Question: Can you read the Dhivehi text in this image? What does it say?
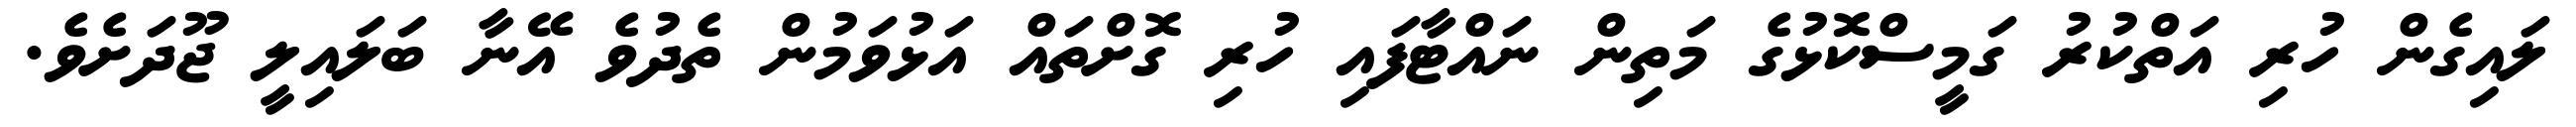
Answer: ލައިގެން ހުރި އަތްކުރު ގަމީސްކޮޅުގެ މަތިން ނައްޓާފައި ހުރި ގޮށްތައް އަޅުވަމުން ތެދުވެ އޭނާ ބަލައިލީ ޖޫދަށެވެ.